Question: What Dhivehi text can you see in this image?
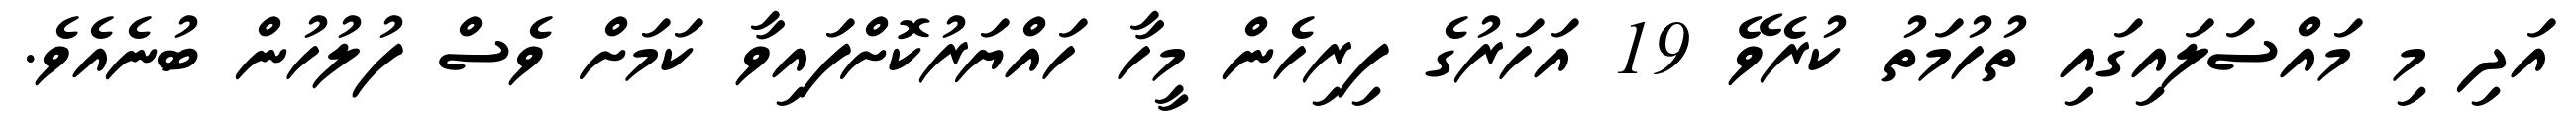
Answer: އަދި މި މައްސަލައިގައި ތުހުމަތު ކުރެވޭ 19 އަހަރުގެ ފިރިހެން މީހާ ހައްޔަރުކޮށްފައިވާ ކަމަށް ވެސް ފުލުހުން ބުނެއެވެ.